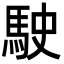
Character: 駛